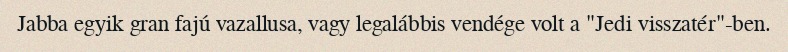
Jabba egyik gran fajú vazallusa, vagy legalábbis vendége volt a "Jedi visszatér"-ben.